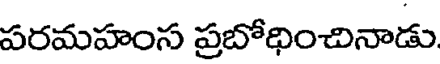
పరమహంస ప్రబోధించినాడు